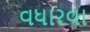
વધારવા